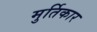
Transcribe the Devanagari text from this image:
मुर्तिकार